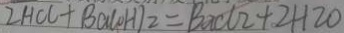
2 H C l + B a ( O H ) _ { 2 } = B a C l 2 + 2 H 2 0